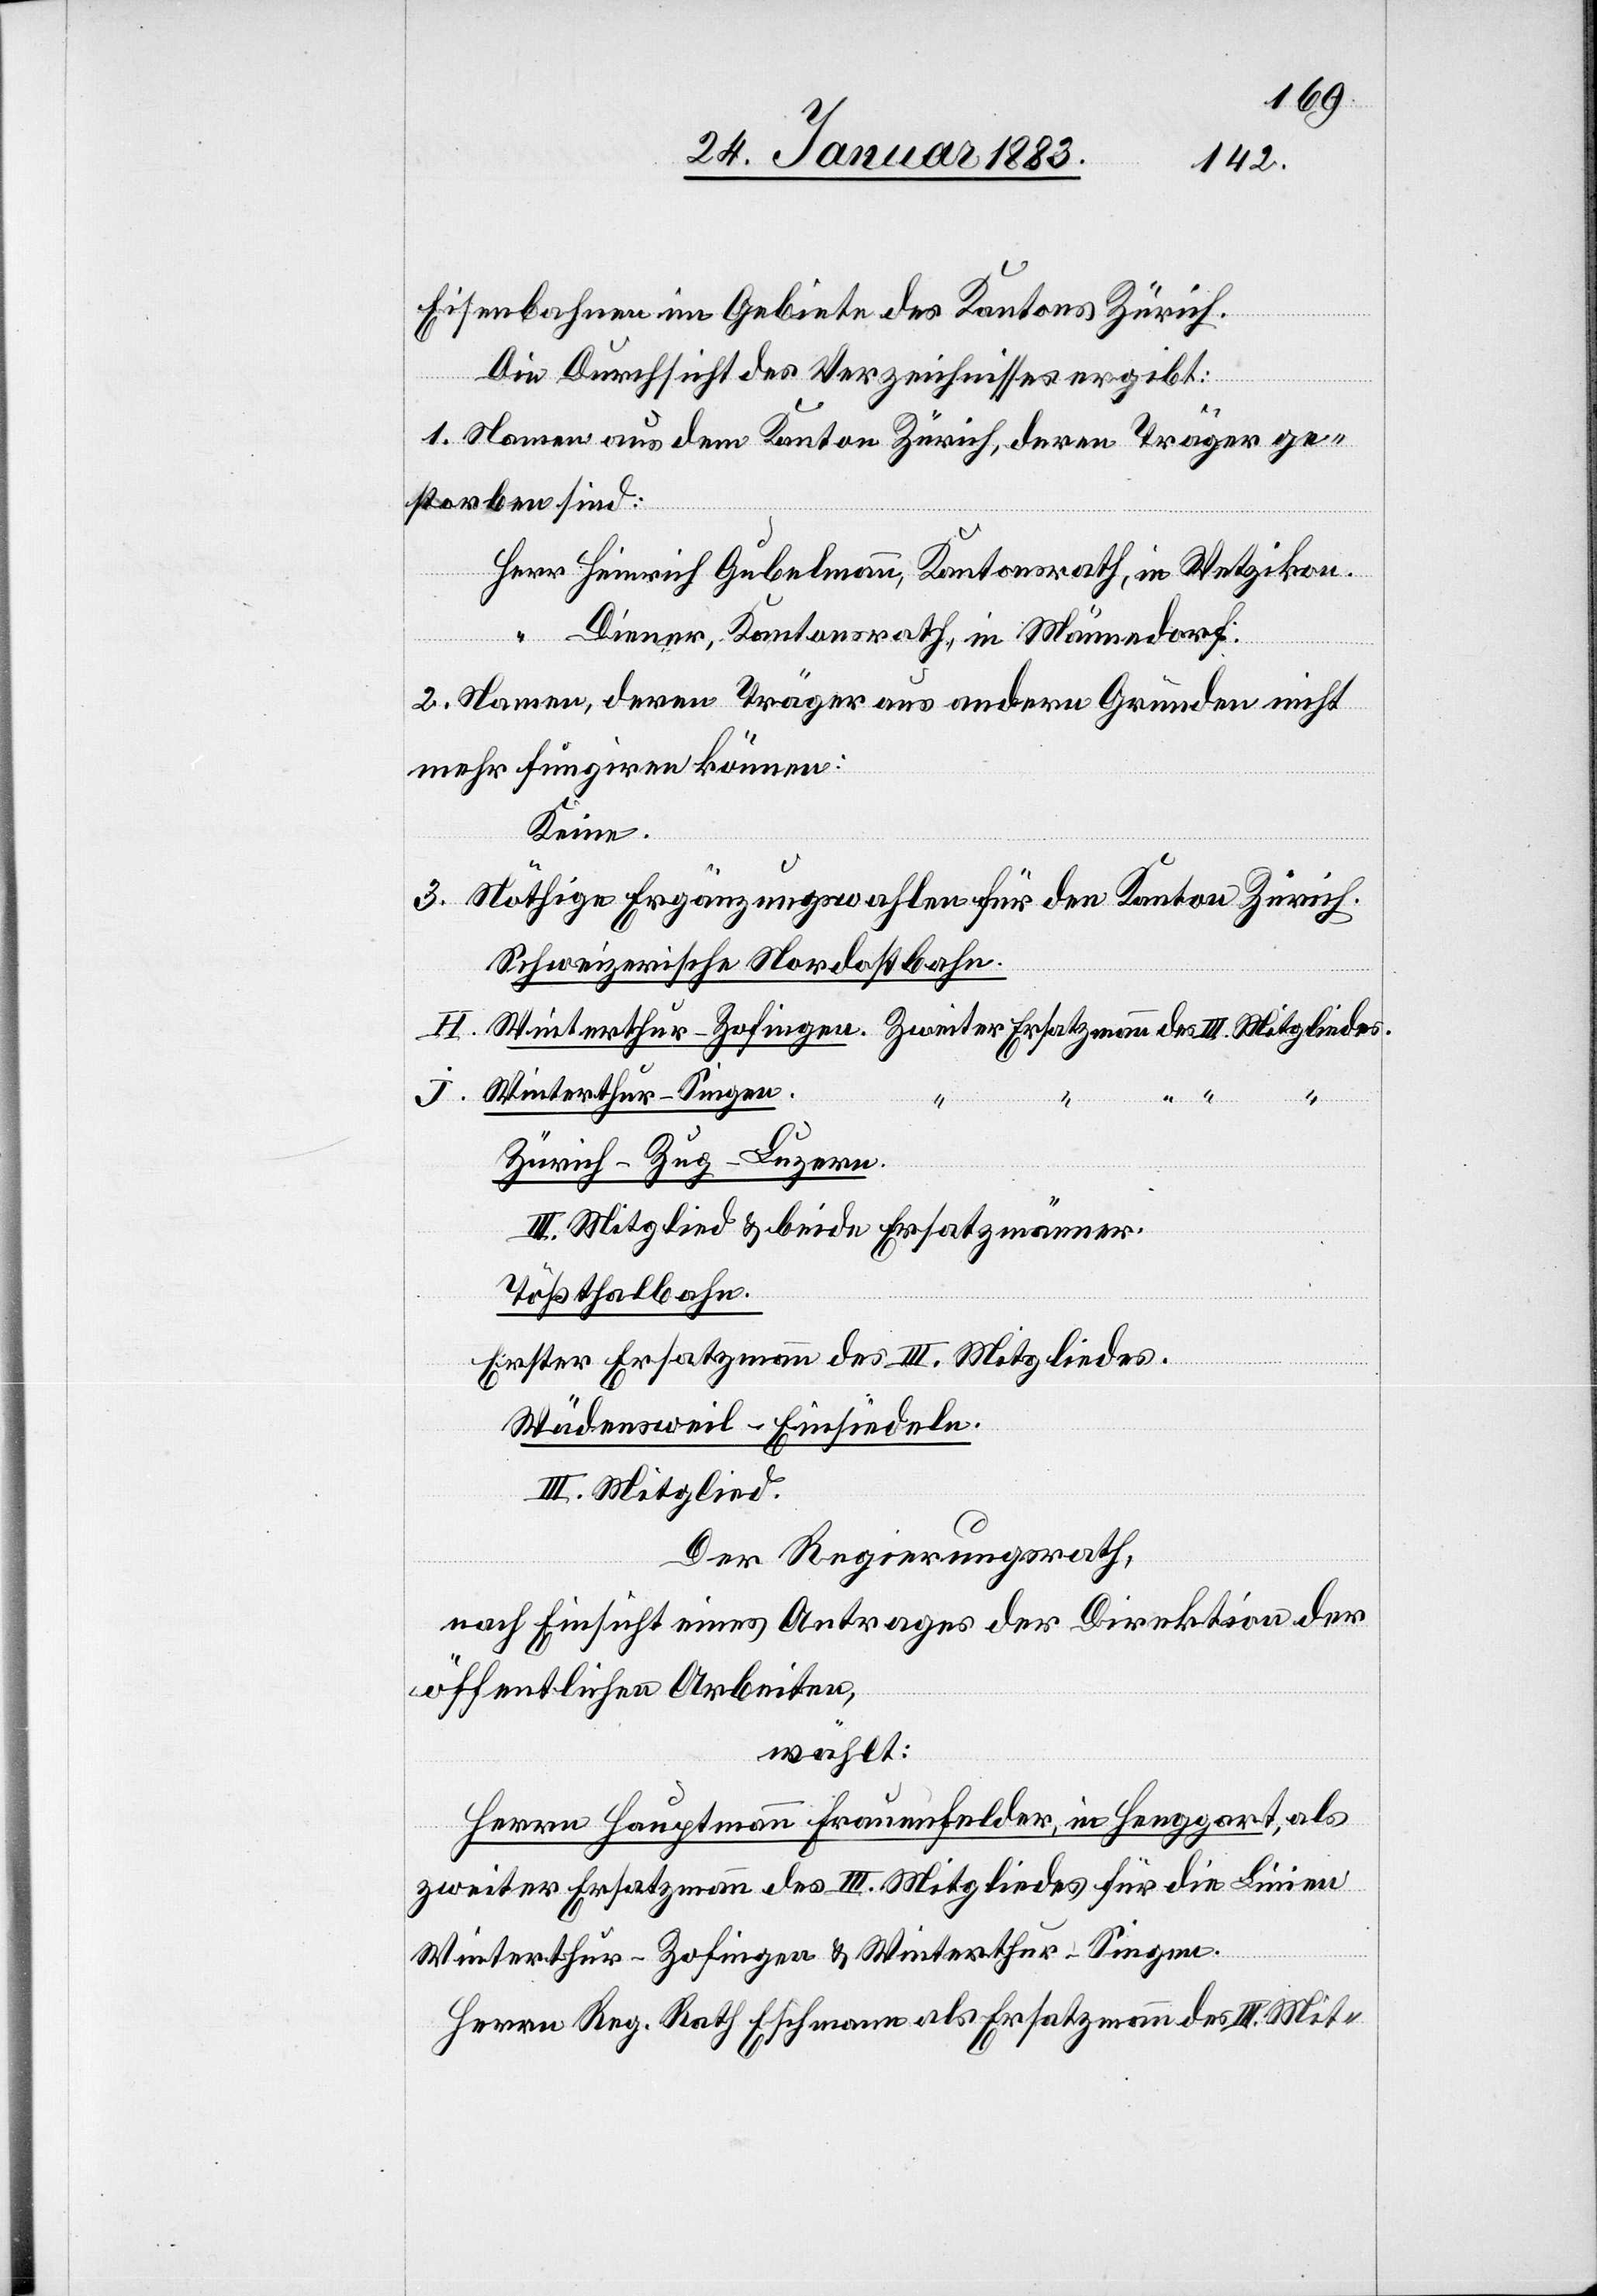
Eisenbahnen im Gebiete des Kantons Zürich.
Die Durchsicht des Verzeichnisses ergibt:
1. Namen aus dem Kanton Zürich, deren Träger ge¬
storben sind:
Herr Heinrich Gubelmann, Kantonsrath, in Wetzikon.
Diener, Kantonsrath, in Männedorf.
2. Namen, deren Träger aus andern Gründen nicht
mehr fungiren können:
Keine
3. Nöthige Ergänzungswahlen für den Kanton Zürich:
Schweizerische Nordostbahn.
H.
Winterthur–Zofingen. Zweiter Ersatzmann des III. Mitgliedes.
Winterthur–Singen.
Zürich–Zug–Luzern.
III. Mitglied & beide Ersatzmänner.
Tößthalbahn.
Erster Ersatzmann des III. Mitgliedes.
Wädensweil–Einsiedeln.
III. Mitglied.
Der Regierungsrath,
nach Einsicht eines Antrages der Direktion der
öffentlichen Arbeiten,
wählt:
Herrn Hauptmann Frauenfelder, von Henggart, als
zweiter Ersatzmann des III. Mitgliedes für die Linien
Winterthur–Zofingen & Winterthur–Singen.
Herrn Reg. Rath Eschmann als Ersatzmann des III. Mit-